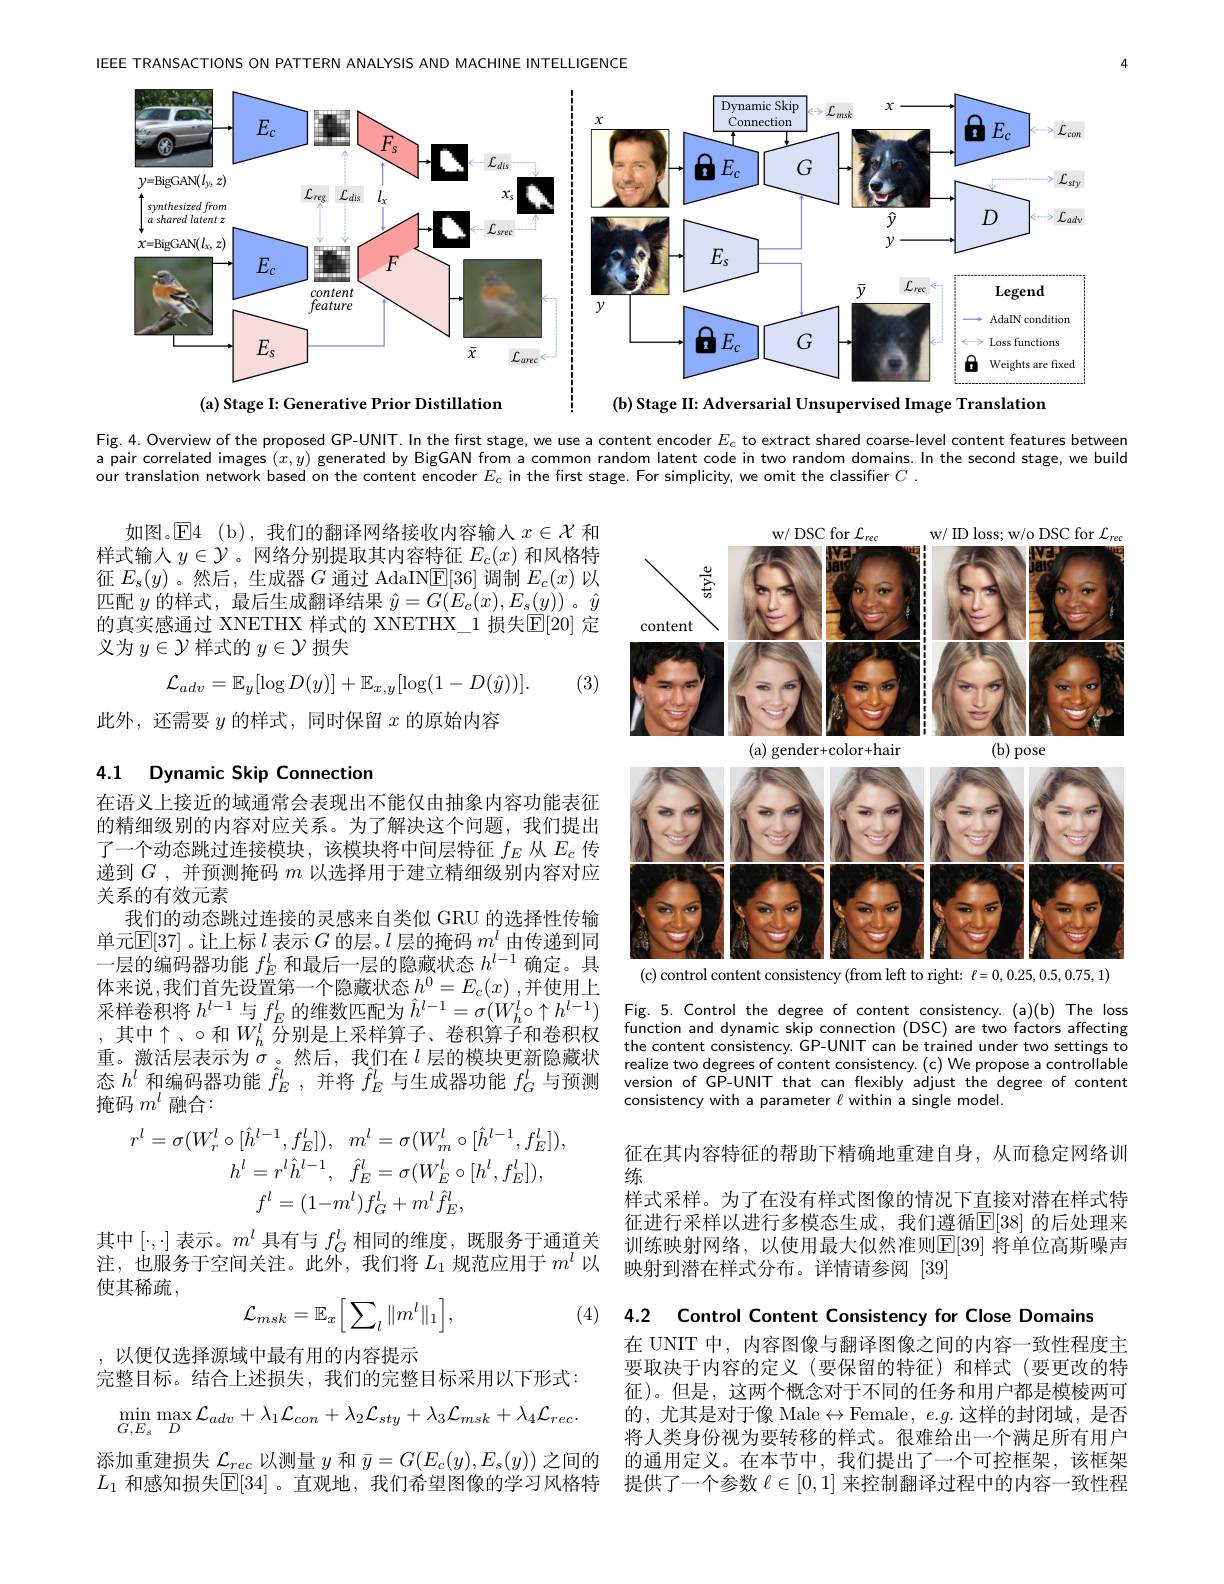
IEEE TRANSACTIONS ON PATTERN ANALYSIS AND MACHINE INTELLIGENCE

<FigureHere>

Fig.4. Overview of the proposed GP-UNIT. In the first stage, we use a content encoder $E_c$ to extract shared coarse-level content features between a pair correlated images $(x,y)$ generated by BigGAN from a common random latent code in two random domains. In the second stage, we build our translation network based on the content encoder $E_{c}$ in the first stage. For simplicity, we omit the classifier $C.$

如图。$\overline{\mathbb{E}}$4(b),我们的翻译网络接收内容输入$x\in\mathcal{X}$和样式输人$y\in\mathcal{Y}$ 。网络分别提取其内容特征$E_c(x)$和风格特征$E_s(y)$ 。然后，生成器$G$通过 AdaIN$\underline{\mathrm{E}}[36]$调制$E_c(x)$以匹配$y$的样式，最后生成翻译结果$\hat{y}=G(E_c(x),E_s(y))$ 。$\hat{y}$ 的真实感通过 XNETHX 样式的 XNETHX\_1 损失$\mathbb{E}[20]$ 定义为$y\in\mathcal{Y}$样式的$y\in\mathcal{Y}$损失
$$\mathcal{L}_{adv}=\mathbb{E}_{y}[\log D(y)]+\mathbb{E}_{x,y}[\log(1-D(\hat{y}))].$$
(3)

此外，还需要$y$的样式，同时保留$x$的原始内容

<FigureHere>
(c) control content consistency (from left to right: $\ell=0,0.25,0.5,0.75,1)$

## 4.1 Dynamic Skip Connection

在语义上接近的域通常会表现出不能仅由抽象内容功能表征的精细级别的内容对应关系。为了解决这个问题，我们提出了一个动态跳过连接模块，该模块将中间层特征$f_E$从$E_c$传递到$G$ ,并预测掩码$m$以选择用于建立精细级别内容对应关系的有效元素
我们的动态跳过连接的灵感来自类似 GRU 的选择性传输单元$\mathbb{E}[37]$。让上标$l$表示$G$的层。$l$层的掩码$m^l$由传递到同一层的编码器功能$f_E^l$和最后一层的隐藏状态$h^l-1$确定。具体来说，我们首先设置第一个隐藏状态$h^0=E_c(x)$ ,并使用上采样卷积将$h^l-1$与$f_E^l$的维数匹配为$\hat{h}^l-1=\sigma(W_h^l\circ\uparrow h^{l-1})$ , 其中个、$\circ$和$W_h^l$ $\bar{\text{分别是上采样算子、卷积算子和卷积权}}$ 重。激活层表示为$\sigma_{\hat{\lambda}}$ 。然后，我们在$l$层的模块更新隐藏状态$h^l$和编码器功能$\hat{f}_E^l$,并将$\hat{f}_E^l$与生成器功能$f_G^l$与预测 version of GP-UNIT that can flexibly adjust the degree of content
掩码$m^l$融合：

Fig.5. Control the degree of content consistency. (a)(b) The loss function and dynamic skip connection (DSC) are two factors affecting the content consistency. GP-UNIT can be trained under two settings to realize two degrees of content consistency. (c) We propose a controllable consistency with a parameter $\ell$ within a single model.
$$r^{l}=\sigma(W_{r}^{l}\circ[\hat{h}^{l-1},f_{E}^{l}]),\quad m^{l}=\sigma(W_{m}^{l}\circ[\hat{h}^{l-1},f_{E}^{l}]),\\h^{l}=r^{l}\hat{h}^{l-1},\quad\hat{f}_{E}^{l}=\sigma(W_{E}^{l}\circ[h^{l},f_{E}^{l}]),\\f^{l}=(1-m^{l})f_{G}^{l}+m^{l}\hat{f}_{E}^{l},$$
征在其内容特征的帮助下精确地重建自身，从而稳定网络训
练
样式采样。为了在没有样式图像的情况下直接对潜在样式特征进行采样以进行多模态生成，我们遵循$\boxed[38]$ 的后处理来
其中$[\cdot,\cdot]$表示。$m^l$具有与$f_G^l$相同的维度，既服务于通道关 训练映射网络，以使用最大似然准则$\overline{\mathrm{E}}[39]$将单位高斯噪声注，也服务于空间关注。此外，我们将$L_1$规范应用于$m^l$以 映射到潜在样式分布。详情请参阅[39]
映射到潜在样式分布。详情请参阅[39]

使其稀疏，
$$\mathcal{L}_{msk}=\mathbb{E}_x\Big[\sum_l\|m^l\|_1\Big],$$
(4) 4.2 Control Content Consistency for Close Domains

在 UNIT 中，内容图像与翻译图像之间的内容一致性程度主要取决于内容的定义(要保留的特征)和样式(要更改的特征)。但是，这两个概念对于不同的任务和用户都是模棱两可的，尤其是对于像 Male$\leftrightarrow$Female$,e.g.$这样的封闭域，是否将人类身份视为要转移的样式。很难给出一个满足所有用户
添加重建损失$\mathcal{L}_{rec}$以测量$y$和$\bar{y}=G(E_c(y),E_s(y))$之间的 的通用定义。在本节中，我们提出了一个可控框架，该框架$L_1$和感知损失$\mathbb{E}[34]$ 。直观地，我们希望图像的学习风格特 提供了一个参数$\ell\in[0,1]$来控制翻译过程中的内容一致性程

,以便仅选择源域中最有用的内容提示
完整目标。结合上述损失，我们的完整目标采用以下形式：
$$\min_{G,E_{s}}\max_{D}\mathcal{L}_{adv}+\lambda_{1}\mathcal{L}_{con}+\lambda_{2}\mathcal{L}_{sty}+\lambda_{3}\mathcal{L}_{msk}+\lambda_{4}\mathcal{L}_{rec}.$$